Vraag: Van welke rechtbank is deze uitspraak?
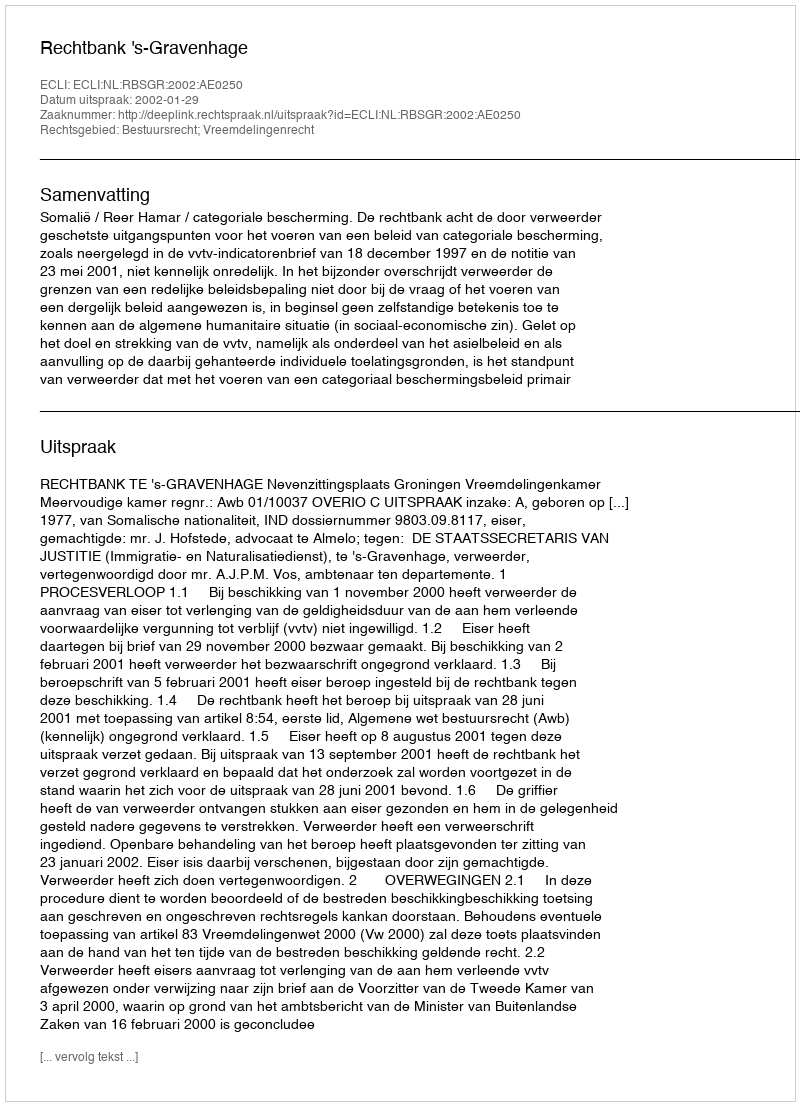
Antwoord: Rechtbank 's-Gravenhage